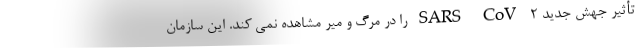
تأثیر جهش جدید SARS-CoV-۲ را در مرگ و میر مشاهده نمی کند. این سازمان